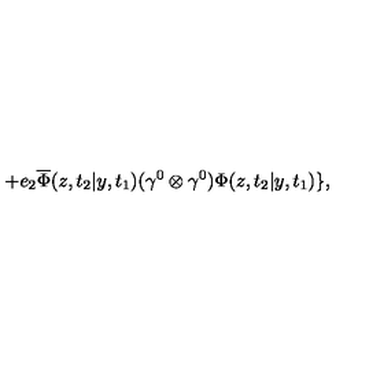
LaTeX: + e _ { 2 } \overline { { \Phi } } ( z , t _ { 2 } | y , t _ { 1 } ) ( { \gamma } ^ { 0 } \otimes { \gamma } ^ { 0 } ) { \Phi } ( z , t _ { 2 } | y , t _ { 1 } ) \} ,